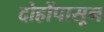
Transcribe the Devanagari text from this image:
दोहोंपासून